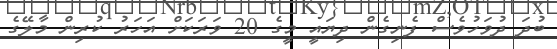
ބުދަ ދުވަހުވެސް ފެނިގެން ދިޔައީ މީގެ 20 ވަރަކަށް އަހަރު ކުރިން މާލޭގެ